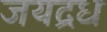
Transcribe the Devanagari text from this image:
जयद्रध